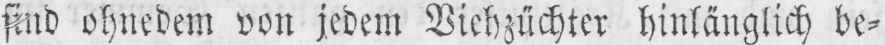
sind ohnedem von jedem Viehzüchter hinlänglich be⸗